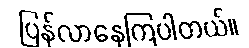
ပြန်လာနေကြပါတယ်။